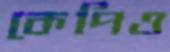
কেপিও